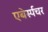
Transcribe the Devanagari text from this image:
एबेर्स्पचर